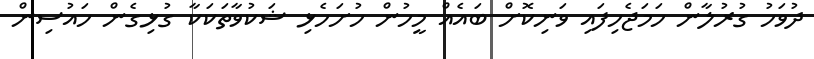
ދުވަހު ގުރުލާން ހަމަޖެހިފައި ވަނިކޮށް ބައެއް މީހުން ހުށަހެޅި ޝަކުވާތަކަކާ ގުޅިގެން ހައުސިން